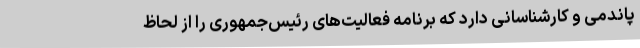
پاندمی و کارشناسانی دارد که برنامه‌ فعالیت‌های رئیس‌جمهوری را از لحاظ